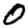
Digit: 0